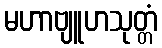
မဟာဗျူဟသုတ္တံ